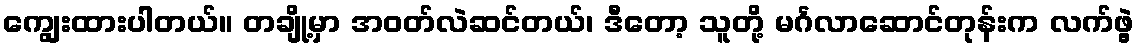
ကျွေးထားပါတယ်။ တချို့မှာ အဝတ်လဲဆင်တယ်၊ ဒီတော့ သူတို့ မင်္ဂလာဆောင်တုန်းက လက်ဖွဲ့